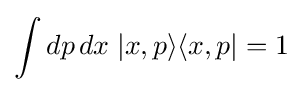
\int dp\,dx\;|x,p\rangle \langle x,p|=1